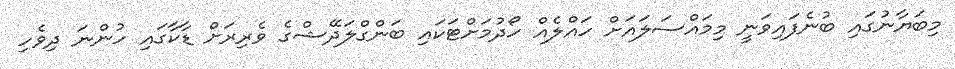
މިބަޔާނުގައި ބުނެފައިވަނީ މިމައްސަލައަށް ހައްލެއް ހޯދުމަށްޓަކައި ބަންގްލަދޭޝްގެ ވެރިރަށް ޑާކާގައި ހުންނަ ދިވެހި